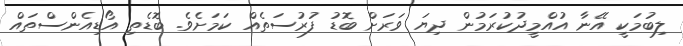
ލިބުމަކީ އޭނާ އުއްމީދުކުރަމުން ދިޔަ ވަރަށް ބޮޑު ފުރުސަތެއް ކަމަށެވެ. ބޮޑެތި އޯޑިއެންސްތައް